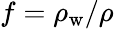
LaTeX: f=\rho_{\mathrm{w}}/\rho